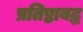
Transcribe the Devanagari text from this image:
प्रतिष्ठाबद्ध